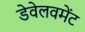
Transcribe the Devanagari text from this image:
डेवेलवमेंट